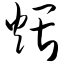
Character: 煨